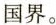
国界。